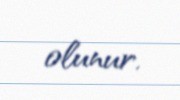
olunur.